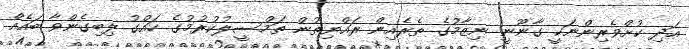
އަދި ކުށްވެރިންނަކީ ގާނޫނީ ނިޒާމުގެ ތެރެއިން ރައްޔިތުން ތަމްސީލުކުރުމުގެ ހައްގު ލިބިގެންވާ ބައެއް